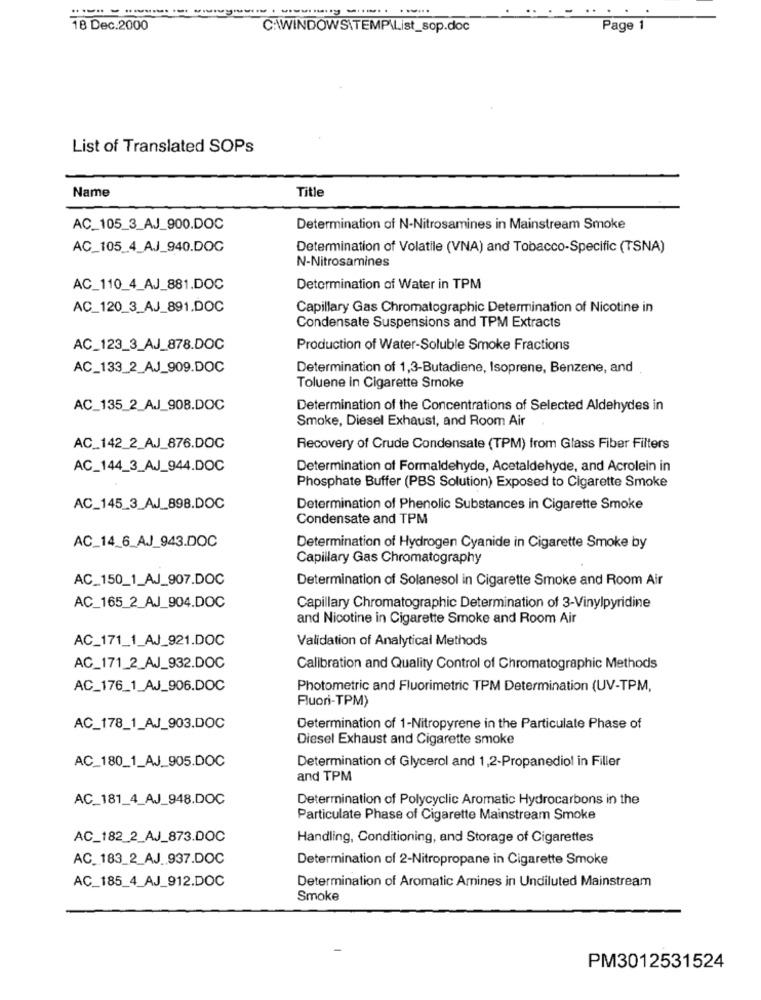
-------.. ....
18 Dec.2000
C:\WINDOWS\TEMP\.ist_sop.doc
Page 1
List of Translated SOPs
Name
Title
AC_105_3_AJ_900.DOC
Determination of N-Nitrosamines in Mainstream Smoke
AC_105_4_AJ_940.DOC
Determination of Volatile (VNA) and Tobacco-Specific (TSNA)
N-Nitrosamines
AC_110_4_AJ_881.DOC
Determination of Water in TPM
AC_120_3_AJ_891.DOC
Capillary Gas Chromatographic Determination of Nicotine in
Condensate Suspensions and TPM Extracts
AC_123_3_AJ_878.DOC
Production of Water-Soluble Smoke Fractions
AC_133_2_AJ_909.DOC
Determination of 1,3-Butadiene, Isoprene, Benzene, and
Toluene in Cigarette Smoke
AC_135_2_AJ_908.DOC
Determination of the Concentrations of Selected Aldehydes in
Smoke, Diesel Exhaust, and Room Air
AC_142_2_AJ_876.DOC
Recovery of Crude Condensate (TPM) from Glass Fiber Filters
AC_144_3_AJ_944.DOC
Determination of Formaldehyde, Acetaldehyde, and Acrolein in
Phosphate Buffer (PBS Solution) Exposed to Cigarette Smoke
AC_145_3_AJ_898.DOC
Determination of Phenolic Substances in Cigarette Smoke
Condensate and TPM
AC_14_6_AJ_943.DOC
Determination of Hydrogen Cyanide in Cigarette Smoke by
Capillary Gas Chromatography
AC_150_1_AJ_907.DOC
Determination of Solanesol in Cigarette Smoke and Room Air
AC_165_2_AJ_904.DOC
Capillary Chromatographic Determination of 3-Vinylpyridine
and Nicotine in Cigarette Smoke and Room Air
AC_171_1_AJ_921.DOC
Validation of Analytical Methods
AC_171_2_AJ_932.DOC
Calibration and Quality Control of Chromatographic Methods
AC_176_1_AJ_906.DOC
Photometric and Fluorimetric TPM Determination (UV-TPM,
Fluori-TPM)
AC_178_1_AJ_903.DOC
Determination of 1-Nitropyrene in the Particulate Phase of
Diesel Exhaust and Cigarette smoke
AC_180_1_AJ_905.DOC
Determination of Glycerol and 1,2-Propanediol in Filler
and TPM
AC_181_4_AJ_948.DOC
Determination of Polycyclic Aromatic Hydrocarbons in the
Particulate Phase of Cigarette Mainstream Smoke
AC_182_2_AJ_873.DOC
Handling, Conditioning, and Storage of Cigarettes
AC_ 183_2_AJ.937.DOC
Determination of 2-Nitropropane in Cigarette Smoke
AC_185_4_AJ_912.DOC
Determination of Aromatic Amines in Undiluted Mainstream
Smoke
PM3012531524